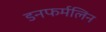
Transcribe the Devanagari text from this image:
डनफर्मलिन